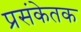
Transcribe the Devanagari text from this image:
प्रसंकेतक